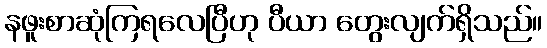
နဖူးစာဆုံကြရလေပြီဟု ပီယာ တွေးလျက်ရှိသည်။